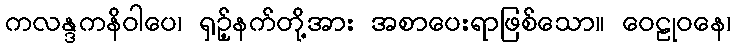
ကလန္ဒကနိဝါပေ၊ ရှဉ့်နက်တို့အား အစာပေးရာဖြစ်သော။ ဝေဠုဝနေ၊